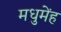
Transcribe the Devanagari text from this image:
मधुमेंह